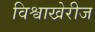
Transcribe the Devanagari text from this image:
विश्वाखेरीज